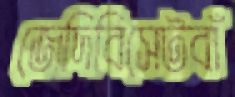
জেদিবিসেটবাঁ